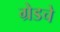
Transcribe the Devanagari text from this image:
ग्रेडचे